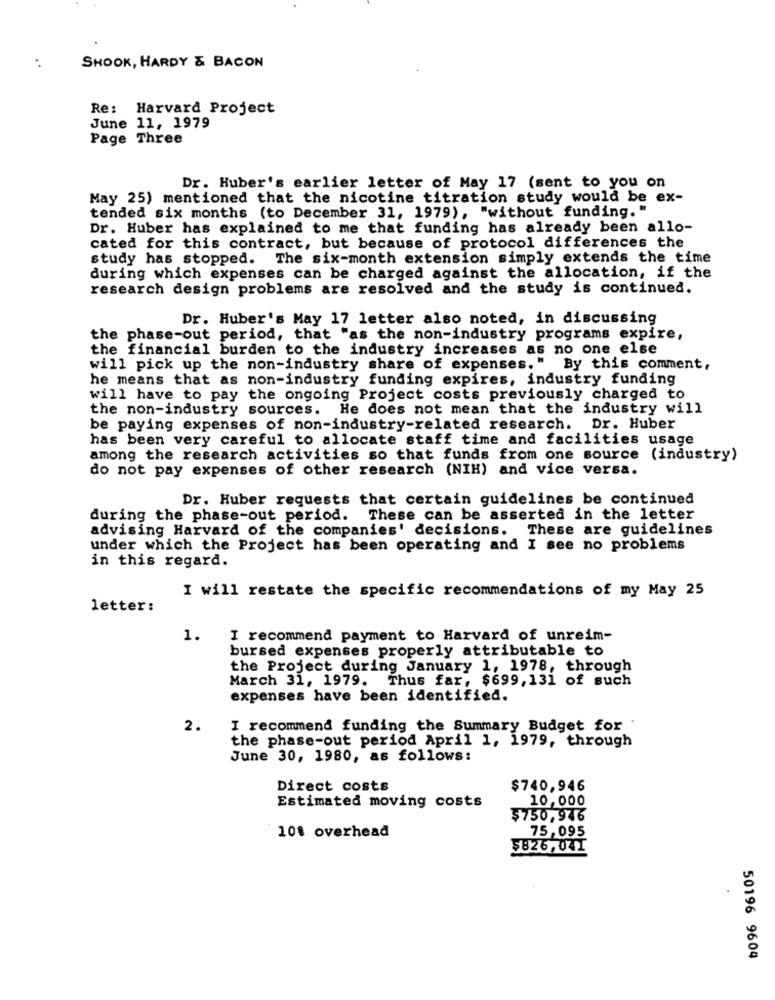
SHOOK, HARDY & BACON
..
Re: Harvard Project
June 11, 1979
Page Three
Dr. Huber's earlier letter of May 17 (sent to you on
May 25) mentioned that the nicotine titration study would be ex-
tended six months (to December 31, 1979), "without funding. "
Dr. Huber has explained to me that funding has already been allo-
cated for this contract, but because of protocol differences the
study has stopped. The six-month extension simply extends the time
during which expenses can be charged against the allocation, if the
research design problems are resolved and the study is continued.
Dr. Huber's May 17 letter also noted, in discussing
the phase-out period, that "as the non-industry programs expire,
the financial burden to the industry increases as no one else
will pick up the non-industry share of expenses." By this comment,
he means that as non-industry funding expires, industry funding
will have to pay the ongoing Project costs previously charged to
the non-industry sources. He does not mean that the industry will
be paying expenses of non-industry-related research. Dr. Huber
has been very careful to allocate staff time and facilities usage
among the research activities so that funds from one source (industry)
do not pay expenses of other research (NIH) and vice versa.
Dr. Huber requests that certain guidelines be continued
during the phase-out period. These can be asserted in the letter
advising Harvard of the companies' decisions. These are guidelines
under which the Project has been operating and I see no problems
in this regard.
I will restate the specific recommendations of my May 25
letter:
1.
I recommend payment to Harvard of unreim-
bursed expenses properly attributable to
the Project during January 1, 1978, through
March 31, 1979. Thus far, $699, 131 of such
expenses have been identified.
2.
I recommend funding the Summary Budget for
the phase-out period April 1, 1979, through
June 30, 1980, as follows:
Direct costs
$740,946
10,000
Estimated moving costs
$750,946
75,095
108 overhead
$826,041
50196 9604